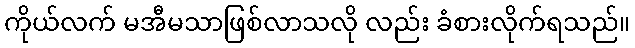
ကိုယ်လက် မအီမသာဖြစ်လာသလို လည်း ခံစားလိုက်ရသည်။